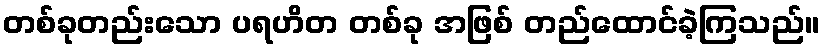
တစ်ခုတည်းသော ပရဟိတ တစ်ခု အဖြစ် တည်ထောင်ခဲ့ကြသည်။